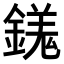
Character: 𨪢